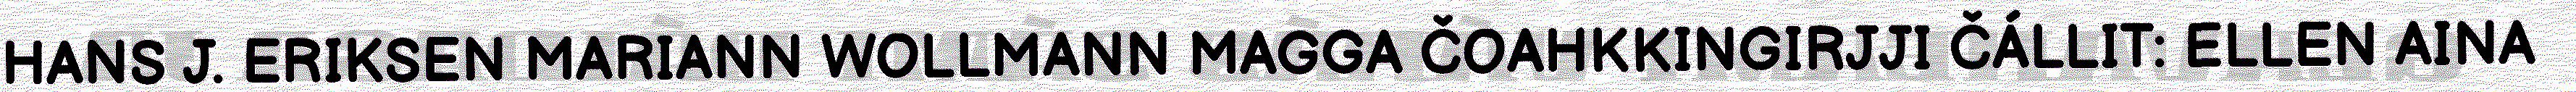
HANS J. ERIKSEN MARIANN WOLLMANN MAGGA ČOAHKKINGIRJJI ČÁLLIT: ELLEN AINA